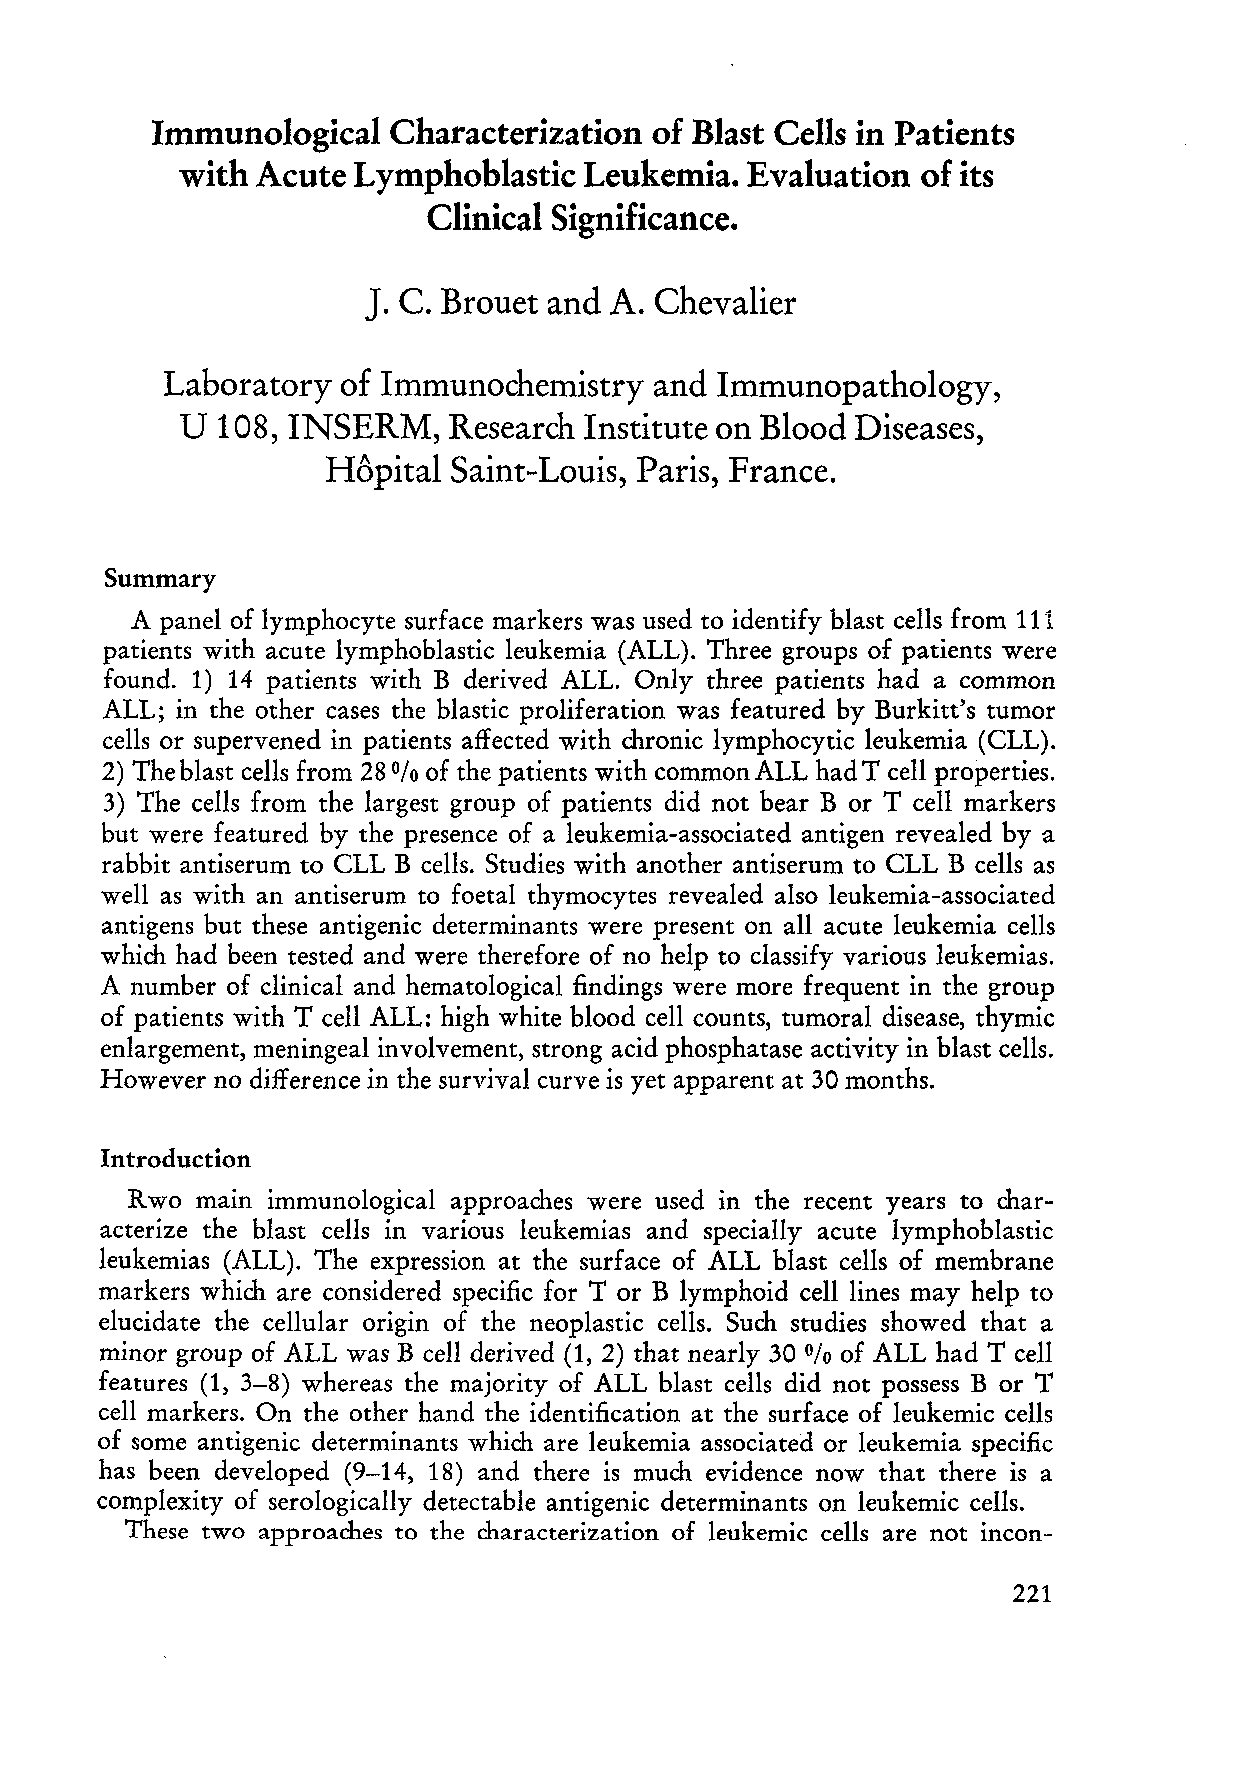
Immunological   Characterization of Blast Cells in Patients
 with Acute Lymphoblastic   Leukemia.  Evaluation of its
 Clinical Significance.
 J.
 C. Brouet and A. Chevalier
 Laboratory  of Immunochemistry  and  Immunopathology,
 U 108, INSERM,    Research Institute on Blood Diseases,
 Hopital Saint-Louis, Paris, France.
 Summary
 A panel of lymphocyte surface markers was used to identify blast cells from 111
 patients with acute lymphoblastic leukemia (ALL). Three groups of patients were
 found. 1) 14 patients with B derived ALL. Only three patients had a common
 ALL; in the other cases the blastic proliferation was featured by Burkitt's tumor
 cells or supervened in patients affected with chronic lymphocytic leukemia (CLL).
 2) The blast cells from 28 of the patients with commonALL had T cell properties.
 %
 3) The cells from the largest group of patients did not bear B or T cell markers
 but were featured by the presence of a leukemia-associated antigen revealed by a
 rabbit antiserum to CLL B cells. Studies with another antiserum to CLL B cells as
 weIl as with an antiserum to foetal thymocytes revealed also leukemia-associated
 antigens but these antigenic determinants were present on aIl acute leukemia cells
 which had been tested and were therefore of no help to classify various leukemias.
 A number of clinical and hematological findings were more frequent in the group
 of patients with T cell ALL: high white blood cell counts, tumoral disease, thymic
 enlargement, meningeal involvement, strong acid phosphatase activity in blast cells.
 However no difference in the survival curve is yet apparent at 30 months.
 Introduction
 R wo main immunological approaches were used in the recent years to char
 acterize the blast cells in various leukemias and specially acute lymphoblastic
 leukemias (ALL). The expression at the surface of ALL blast cells of membrane
 markers which are considered specific for T or B lymphoid celliines may help to
 elucidate the cellular origin of the neoplastic cells. Such studies showed that a
 minor group of ALL was B cell derived (1, 2) that nearly 30 of ALL had T cell
 0/0
 features (1, 3-8) whereas the majority of ALL blast cells did not possess B or T
 cell markers. On the other hand the identification at the surface of leukemic cells
 of some antigenic determinants which are leukemia associated or leukemia specific
 has been developed (9-14, 18) and there is much evidence now that there is a
 complexity of serologically detectable antigenic determinants on leukemic cells.
 These two approaches to the characterization of leukemic cells are not incon-
 221